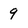
Character: 9